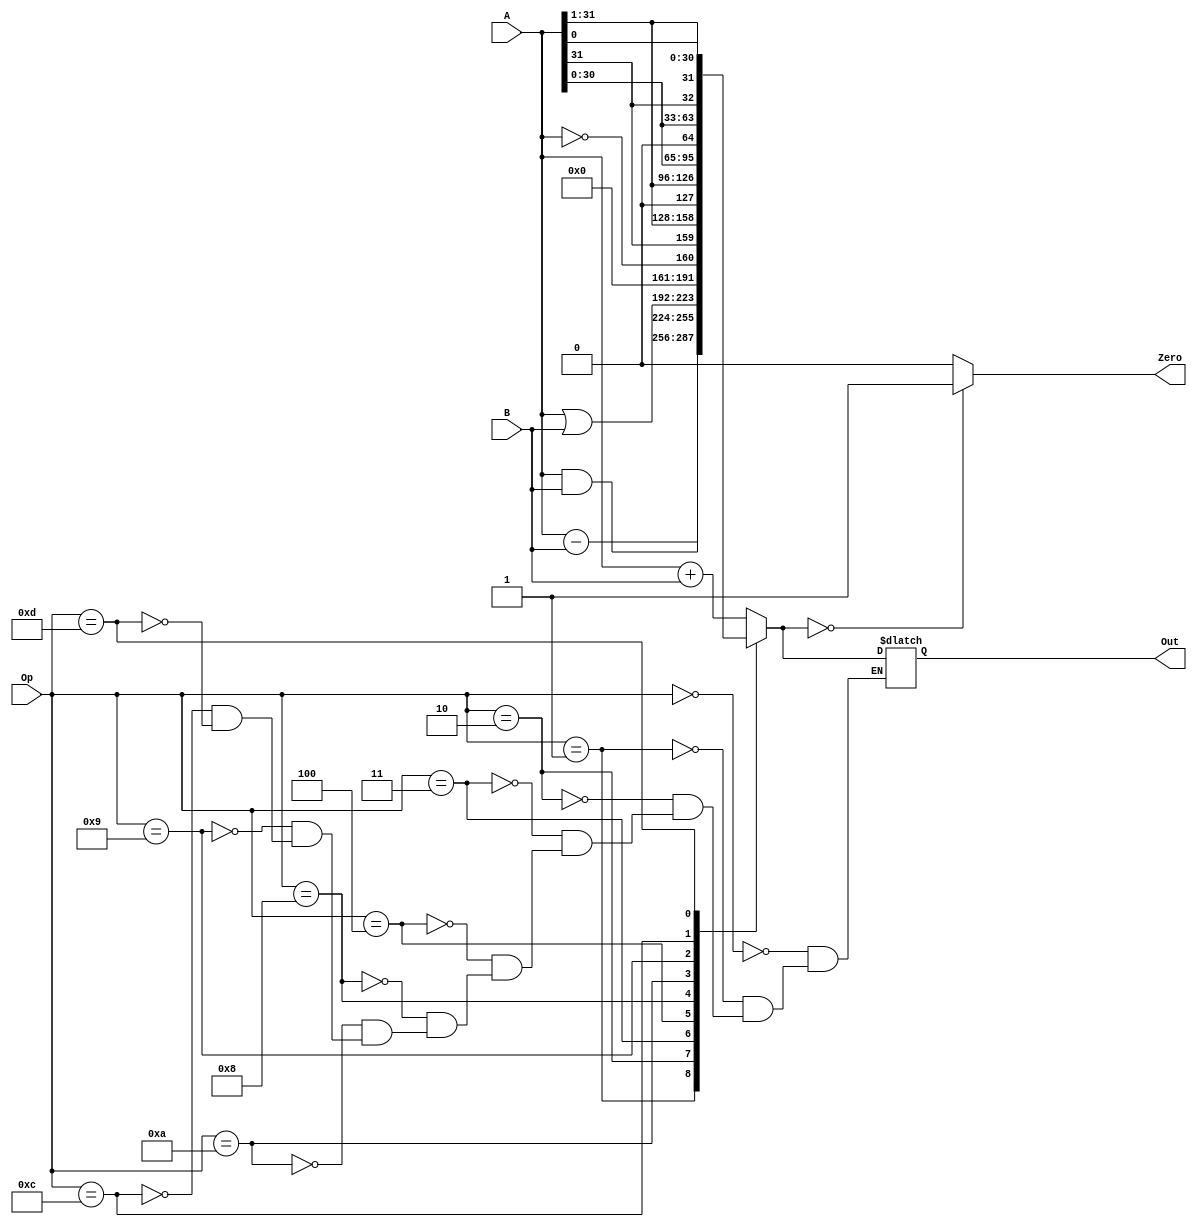
`timescale 1ns / 1ps
//////////////////////////////////////////////////////////////////////////////////
// Company: 
// Engineer: 
// 
// Design Name: 
// Module Name:    ALU 
// Project Name: 
// Target Devices: 
// Tool versions: 
// Description: 
//
// Dependencies: 
//
// Revision: 
// Revision 0.01 - File Created
// Additional Comments: 
//
//////////////////////////////////////////////////////////////////////////////////
module ALU(
	 
    output reg [31:0] Out,
    output reg Zero,
    input wire [31:0] A,B,
    input wire [3:0] Op
    );
	
	 always @(*)
	 begin
	 case(Op)
	 4'b0000: // Addition
	 Out = A + B;
	 4'b0001: // Subtraction
	 Out = A - B;
	 4'b0010: // Logical AND
	 Out = A & B;
	 4'b0011: // Logical OR
	 Out = A | B;
	 4'b0100: // Negation
	 Out = !A;
	 4'b1000: // shift right
	 Out = {A[31], A[31:1]};
	 4'b1010: // Logical shift right
	 Out = {1'b0,  A[31:1]};
	 4'b1001: // Logical shift left
	 Out = {A[30:0], 1'b0};
	 4'b1100: //  rotate left
	 Out = {A[30:0], A[31]};
	 4'b1101: //  rotate right
	 Out = { A[0], A[31:1]};
	 endcase
	 Zero = (Out == 32'b0) ? 1'b1 : 1'b0;
end		
	

endmodule